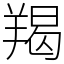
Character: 羯